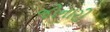
જોનારી